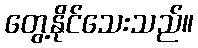
တွေ့နိုင်သေးသည်။